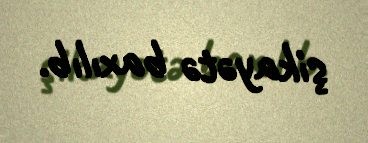
şikayətə baxılıb.